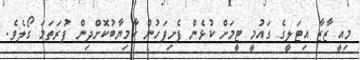
މިއީ ޒާޒާ އިޓަލީގެ ގައުމީ ޓީމަށް ކުޅެން ފެށިފަހުން ކާމިޔާބުކޮށްދިން ފުރަތަމަ ގޯލެވެ.